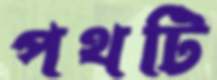
পথটি